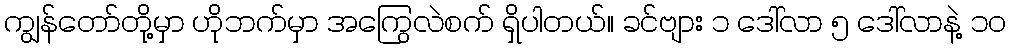
ကျွန်တော်တို့မှာ ဟိုဘက်မှာ အကြွေလဲစက် ရှိပါတယ်။ ခင်ဗျား ၁ ဒေါ်လာ ၅ ဒေါ်လာနဲ့ ၁၀